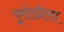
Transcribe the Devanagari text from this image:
यूरोडीला